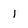
Character: 1